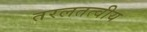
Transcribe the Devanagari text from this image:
तरलतत्वीय